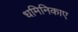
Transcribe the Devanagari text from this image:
धमिनिकाए